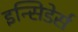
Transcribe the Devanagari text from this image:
इन्सिडेर्स